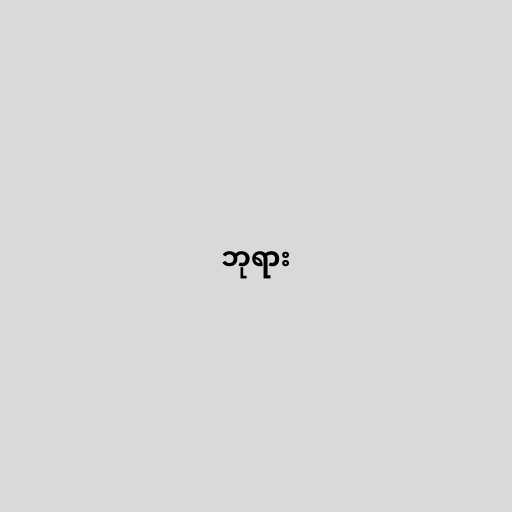
ဘုရား